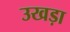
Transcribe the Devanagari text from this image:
उखड़ा